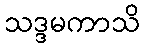
သဒ္ဒမကာသိ